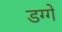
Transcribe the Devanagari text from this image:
डग्गे